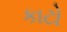
કાટો